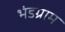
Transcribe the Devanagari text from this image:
भंडग्राम